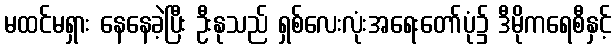
မထင်မရှား နေနေခဲ့ပြီး ဦးနုသည် ရှစ်လေးလုံးအရေးတော်ပုံ၌ ဒီမိုကရေစီနှင့်